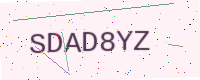
Text: SDAD8YZ